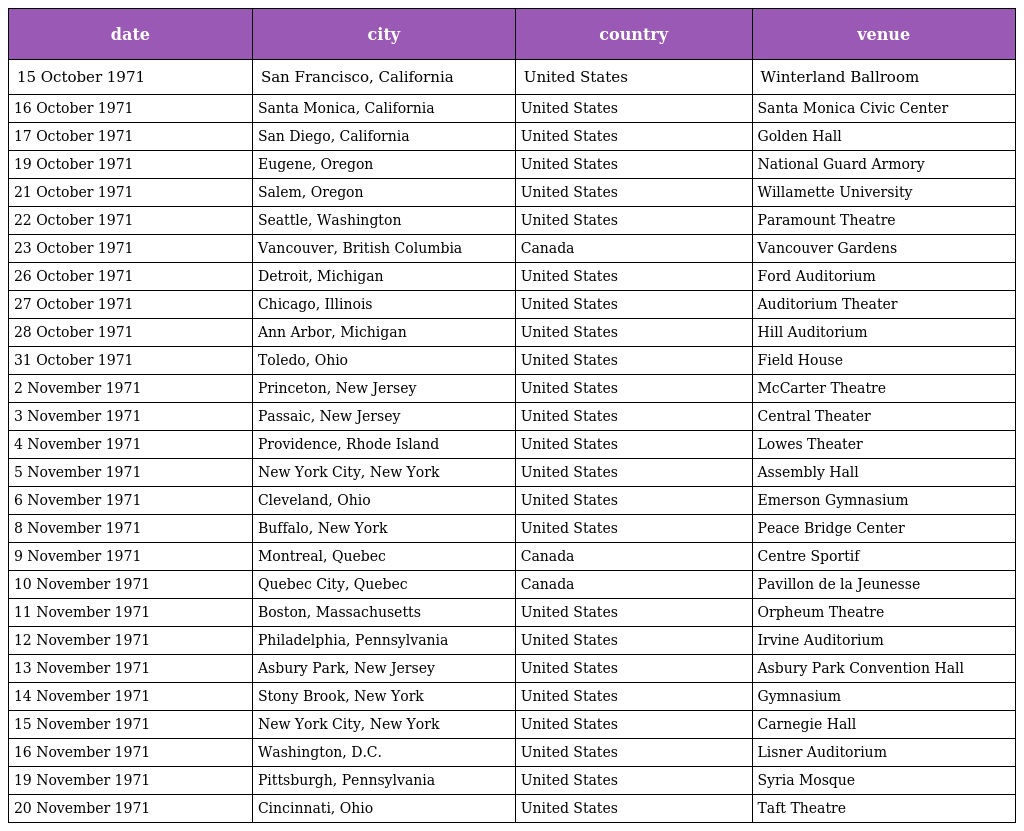
| date | city | country | venue |
 | --- | --- | --- | --- |
 | 15 October 1971 | San Francisco, California | United States | Winterland Ballroom |
 | 16 October 1971 | Santa Monica, California | United States | Santa Monica Civic Center |
 | 17 October 1971 | San Diego, California | United States | Golden Hall |
 | 19 October 1971 | Eugene, Oregon | United States | National Guard Armory |
 | 21 October 1971 | Salem, Oregon | United States | Willamette University |
 | 22 October 1971 | Seattle, Washington | United States | Paramount Theatre |
 | 23 October 1971 | Vancouver, British Columbia | Canada | Vancouver Gardens |
 | 26 October 1971 | Detroit, Michigan | United States | Ford Auditorium |
 | 27 October 1971 | Chicago, Illinois | United States | Auditorium Theater |
 | 28 October 1971 | Ann Arbor, Michigan | United States | Hill Auditorium |
 | 31 October 1971 | Toledo, Ohio | United States | Field House |
 | 2 November 1971 | Princeton, New Jersey | United States | McCarter Theatre |
 | 3 November 1971 | Passaic, New Jersey | United States | Central Theater |
 | 4 November 1971 | Providence, Rhode Island | United States | Lowes Theater |
 | 5 November 1971 | New York City, New York | United States | Assembly Hall |
 | 6 November 1971 | Cleveland, Ohio | United States | Emerson Gymnasium |
 | 8 November 1971 | Buffalo, New York | United States | Peace Bridge Center |
 | 9 November 1971 | Montreal, Quebec | Canada | Centre Sportif |
 | 10 November 1971 | Quebec City, Quebec | Canada | Pavillon de la Jeunesse |
 | 11 November 1971 | Boston, Massachusetts | United States | Orpheum Theatre |
 | 12 November 1971 | Philadelphia, Pennsylvania | United States | Irvine Auditorium |
 | 13 November 1971 | Asbury Park, New Jersey | United States | Asbury Park Convention Hall |
 | 14 November 1971 | Stony Brook, New York | United States | Gymnasium |
 | 15 November 1971 | New York City, New York | United States | Carnegie Hall |
 | 16 November 1971 | Washington, D.C. | United States | Lisner Auditorium |
 | 19 November 1971 | Pittsburgh, Pennsylvania | United States | Syria Mosque |
 | 20 November 1971 | Cincinnati, Ohio | United States | Taft Theatre |